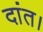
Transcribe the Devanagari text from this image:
दांत।